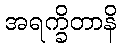
အရက္ခိတာနိ